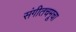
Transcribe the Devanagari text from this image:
संगीतचमूचा